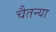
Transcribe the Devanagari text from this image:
चैतन्या